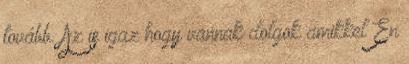
tovább. Az is igaz hogy vannak dolgok amikkel Én